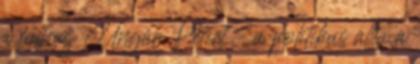
a falhoz Ungár Pétert – a politikus állta a